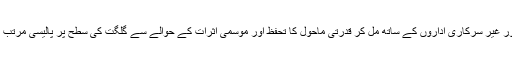
اور ساتھ ساتھ گلگت بلتستان کے سرکاری اور غیر سرکاری اداروں کے ساتھ مل کر قدرتی ماحول کا تحفظ اور موسمی اثرات کے حوالے سے گلگت کی سطح پر پالیسی مرتب کر کے اس کے نفاذ کو یقینی بنانا شامل تھا۔